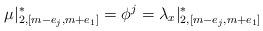
LaTeX: \begin{align*}\mu|_{2, [m-e_j, m+e_1]}^* = \phi^j = \lambda_x|_{2, [m-e_j, m+e_1]}^*\end{align*}